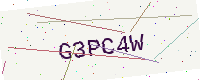
Text: G3PC4W